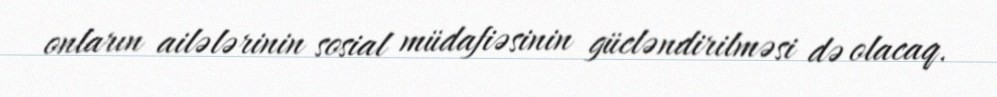
onların ailələrinin sosial müdafiəsinin gücləndirilməsi də olacaq.